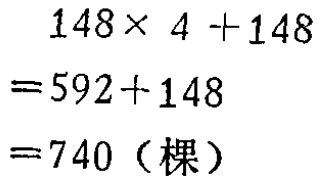
\[

\begin{align*}

&148\times 4 + 148\\

=&592 + 148\\

=&740（棵）

\end{align*}

\]